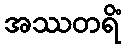
အဿတရိံ